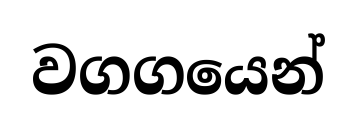
වගගයෙන්